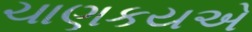
ચાણકયએ